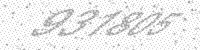
Solution: 931805